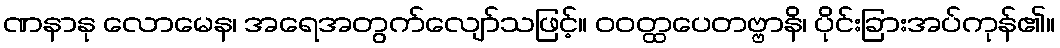
ဏနာနု လောမေန၊ အရေအတွက်လျော်သဖြင့်။ ဝဝတ္ထပေတဗ္ဗာနိ၊ ပိုင်းခြားအပ်ကုန်၏။